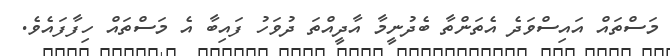
މަސްތައް އައިސްވަދެ އެތަންތާ ބެދުނީމާ އާދީއްތަ ދުވަހު ފައިބާ އެ މަސްތައް ހިފާފައެވެ.